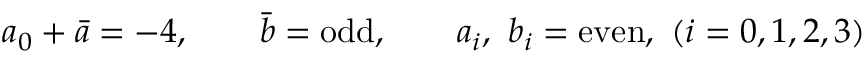
a _ { 0 } + \bar { a } = - 4 , \qquad \bar { b } = \mathrm { o d d } , \qquad a _ { i } , \ b _ { i } = \mathrm { e v e n } , \ ( i = 0 , 1 , 2 , 3 )